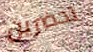
تحضرين